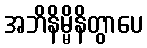
အဘိနိမ္မိနိတွာပေ